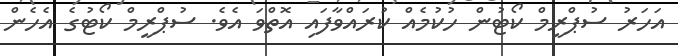
އަހަރު ސުޕްރީމް ކޯޓުން ހުކުމެއް ކުރައްވާފައި އޮތްވަ އެވެ. ސުޕްރީމް ކޯޓުގެ އެހެން